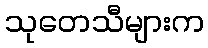
သုတေသီများက